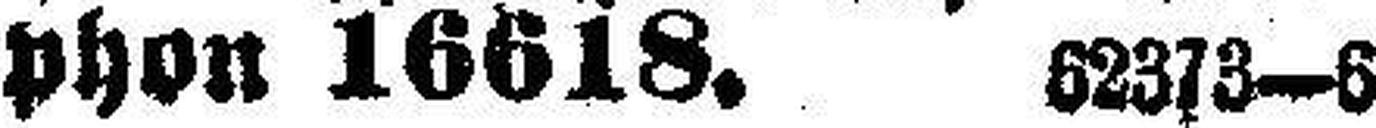
phon 16618. 62373—6